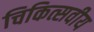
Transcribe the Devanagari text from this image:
चिकित्सवीय